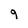
Character: 9